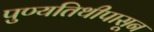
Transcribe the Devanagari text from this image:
पुण्यतिथीपासून